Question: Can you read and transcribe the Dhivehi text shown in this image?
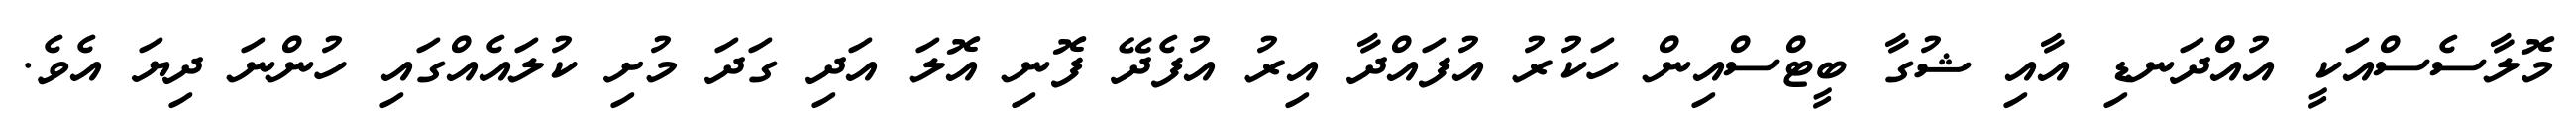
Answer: މޮލާސެސްއަކީ އުއްދަނޑި އާއި ޝުގާ ބީޓްސްއިން ހަކުރު އުފައްދާ އިރު އުފެދޭ ފޮނި އޮލަ އަދި ގަދަ މުށި ކުލައެއްގައި ހުންނަ ދިޔަ އެވެ.